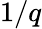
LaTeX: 1/q